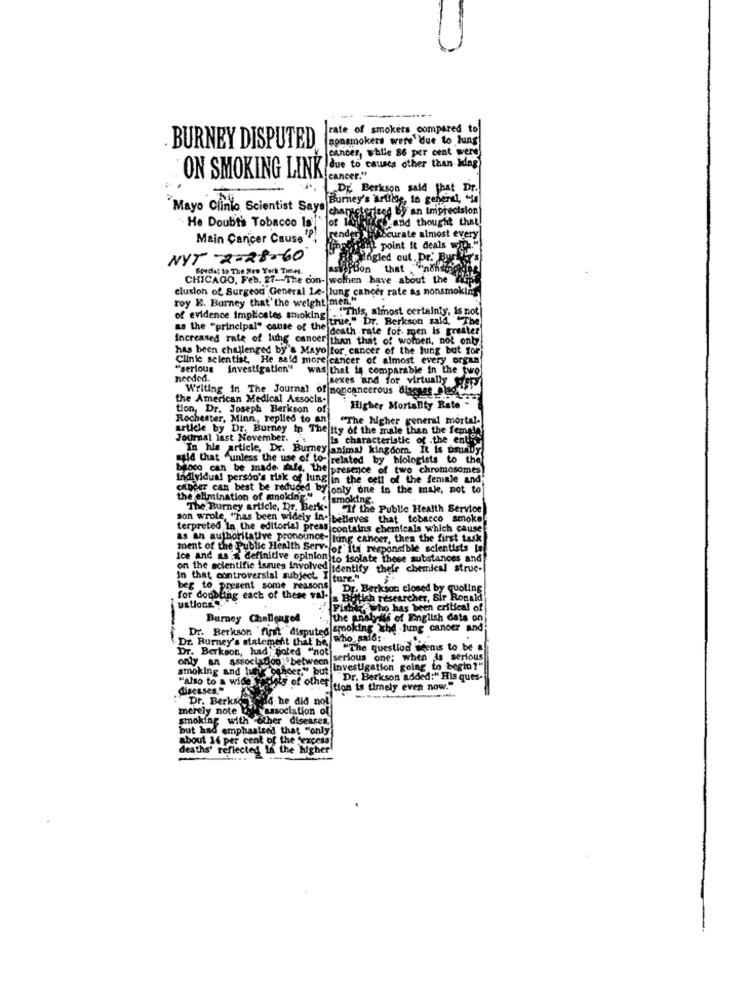
rate of smokers compared to
nonsmokers were due to lung
BURNEY DISPUTED
cancer, while 86 per cent were
ON SMOKING LINK
cancer."
DE. Berkson said that Dr.
Burney's Mirtilos, 10 general, "16
"Mayo Clinic Scientist Say" characterized by an Imprecision
He Doubts Tobacco la!"
yand thought that!
Main Cancer Cause ' ?!
rende
Hoscurate almost every
il point it deals with.
NYT -2-28-60
ogled out. Dr.' Byr
Bordet to The Wire York Times.
PBon
"that "nohay
CHICAGO, Feb. 87-The con- wolfen have about the
clusion of Surgeon General Le- lung cancer rate as nonsmoking
roy E. Burney that' the weight men."
of evidence Implicates smoking " . " This, almost certainly, is not
"This, almost certainly, is not
as the "principal" cause of the death rate fof. men is greater
Increased rate of lung cancer than that of women, not only
has been challenged by's Mayo for cancer of the lung but for
Clinie selentist, He said more cancer of almost every organ
"serious
investigation"
investigation" was that is comparable in the twol
needed.
Writing in The Journal of noncancerous diassas also
Frexes and for virtually Wyspy
the American Medical Associa-
tion, Dr. Joseph Berkson of
Higher Mortality Rate -
Rochester, Minn, replied to an
"The higher general mortal-
article by Dr. Burney in The Ity of the male than the female
Journal last November.
is characteristic of .the entire
"In his article, Dr. Burney animal kingdom. It is psuany
majd that "unless the use of to- related by blologists to the
bloco can be made fafe, the presence of two chromosomes
Individual person's tlak of lung in the cell of the female and
cainder can best be reduced byjonty one in the mule, pot to
the elimination of amolding."
smoking.
The Burney article, Dr. Berk-
"If the Public Health Service
son wrole, "has been widely ins belleves that tobacco smoke
terpreted In the editorial press contains chemicals which cause
as an authoritative pronounce- hing cancer, then the first task
ment of the Public Health Servefor" its responsible scientists In
ice and as a definitive opinion to isolate these substances and
on the scientific issues involved
Glidentify their chemical struc-
In that controversial subject. I ture.""
beg to present some reasons
Dr. Berkson closed by quoting
for doubling each of these val-
ustIons
Dettish researcher, Sir Ronald!
anke Who has been critical of
Barney Challenged
the analysis of English dats on
Dr. Berkson first" disputed
smoking ithd .jung cancer and;
Dr. Burney's statement that be
Who: sal6:
Dr. Berkson, had; poted "not)
"The question seems to be a
only an associadoo: between
serious one: when is serious
smoking and hair onheer." but
Investigation going to begin?"
"also to a wide"
lots of other
"Dr. Berkson added:" His ques-
diseases."
tion is timely even now."
Dr. Berkso
4. he did not
merely note
association of
smoking with other diseases,
but had emphasized that "only
about 16 per cent of the excess
deaths' reflected In the higher!